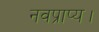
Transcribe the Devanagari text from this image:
नवप्राप्य।